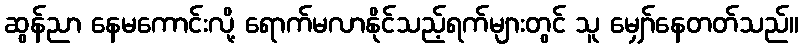
ဆွန်ညာ နေမကောင်းလို့ ရောက်မလာနိုင်သည့်ရက်များတွင် သူ မျှော်နေတတ်သည်။